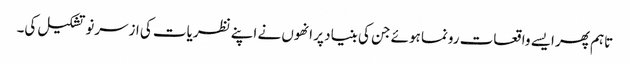
تاہم پھر ایسے واقعات رونما ہوئے جن کی بنیاد پر انھوں نے اپنے نظریات کی ازسرنو تشکیل کی۔